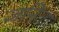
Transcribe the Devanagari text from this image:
जनिता।